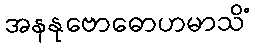
အနနုဗောဓောဟမာသိံ